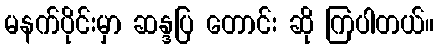
မနက်ပိုင်းမှာ ဆန္ဒပြ တောင်း ဆို ကြပါတယ်။